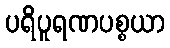
ပရိပူရဏပစ္စယာ